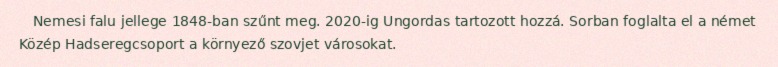
Nemesi falu jellege 1848-ban szűnt meg. 2020-ig Ungordas tartozott hozzá. Sorban foglalta el a német Közép Hadseregcsoport a környező szovjet városokat.